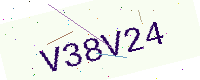
Text: V38V24